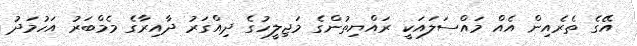
އޭގެ ތެރެއިން އެއް މައްސަލައަކީ ރައްޔިތުންގެ މަޖިލީހުގެ ދިއްގަރު ދާއިރާގެ މެމްބަރު އަހުމަދު